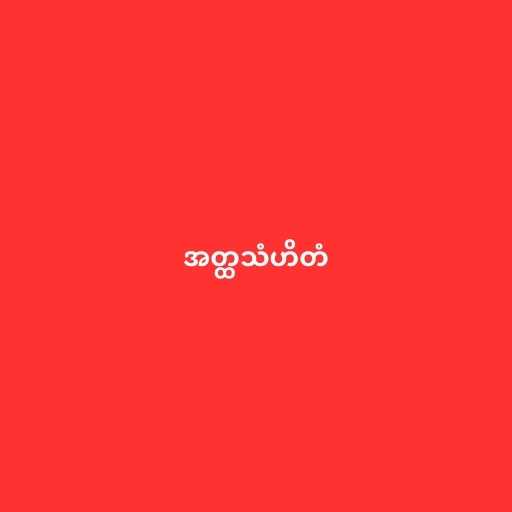
အတ္ထသံဟိတံ